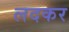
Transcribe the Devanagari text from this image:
लदकर